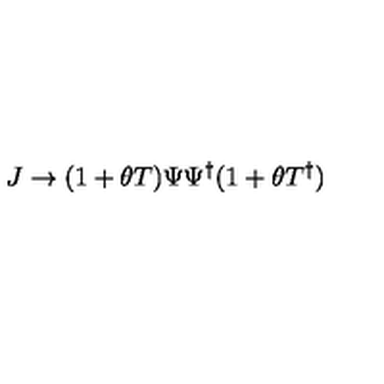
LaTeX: J \rightarrow ( 1 + \theta T ) \Psi \Psi ^ { \dagger } ( 1 + \theta T ^ { \dagger } )